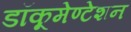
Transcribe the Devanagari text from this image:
डॉकूमेण्टेशन